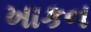
ખાકન